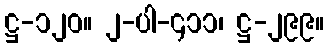
ဋ္ဌ-၁၂၀။ ၂-ပါ-၄၁၁၊ ဋ္ဌ-၂၉၉။